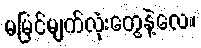
မမြင်မျက်လုံးတွေနဲ့လေ။